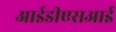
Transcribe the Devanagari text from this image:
आईडीएसआई